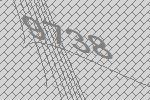
9738